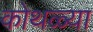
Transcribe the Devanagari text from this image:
कोथळ्या